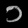
Digit: ၁